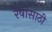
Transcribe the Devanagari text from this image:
रेषांसाठी